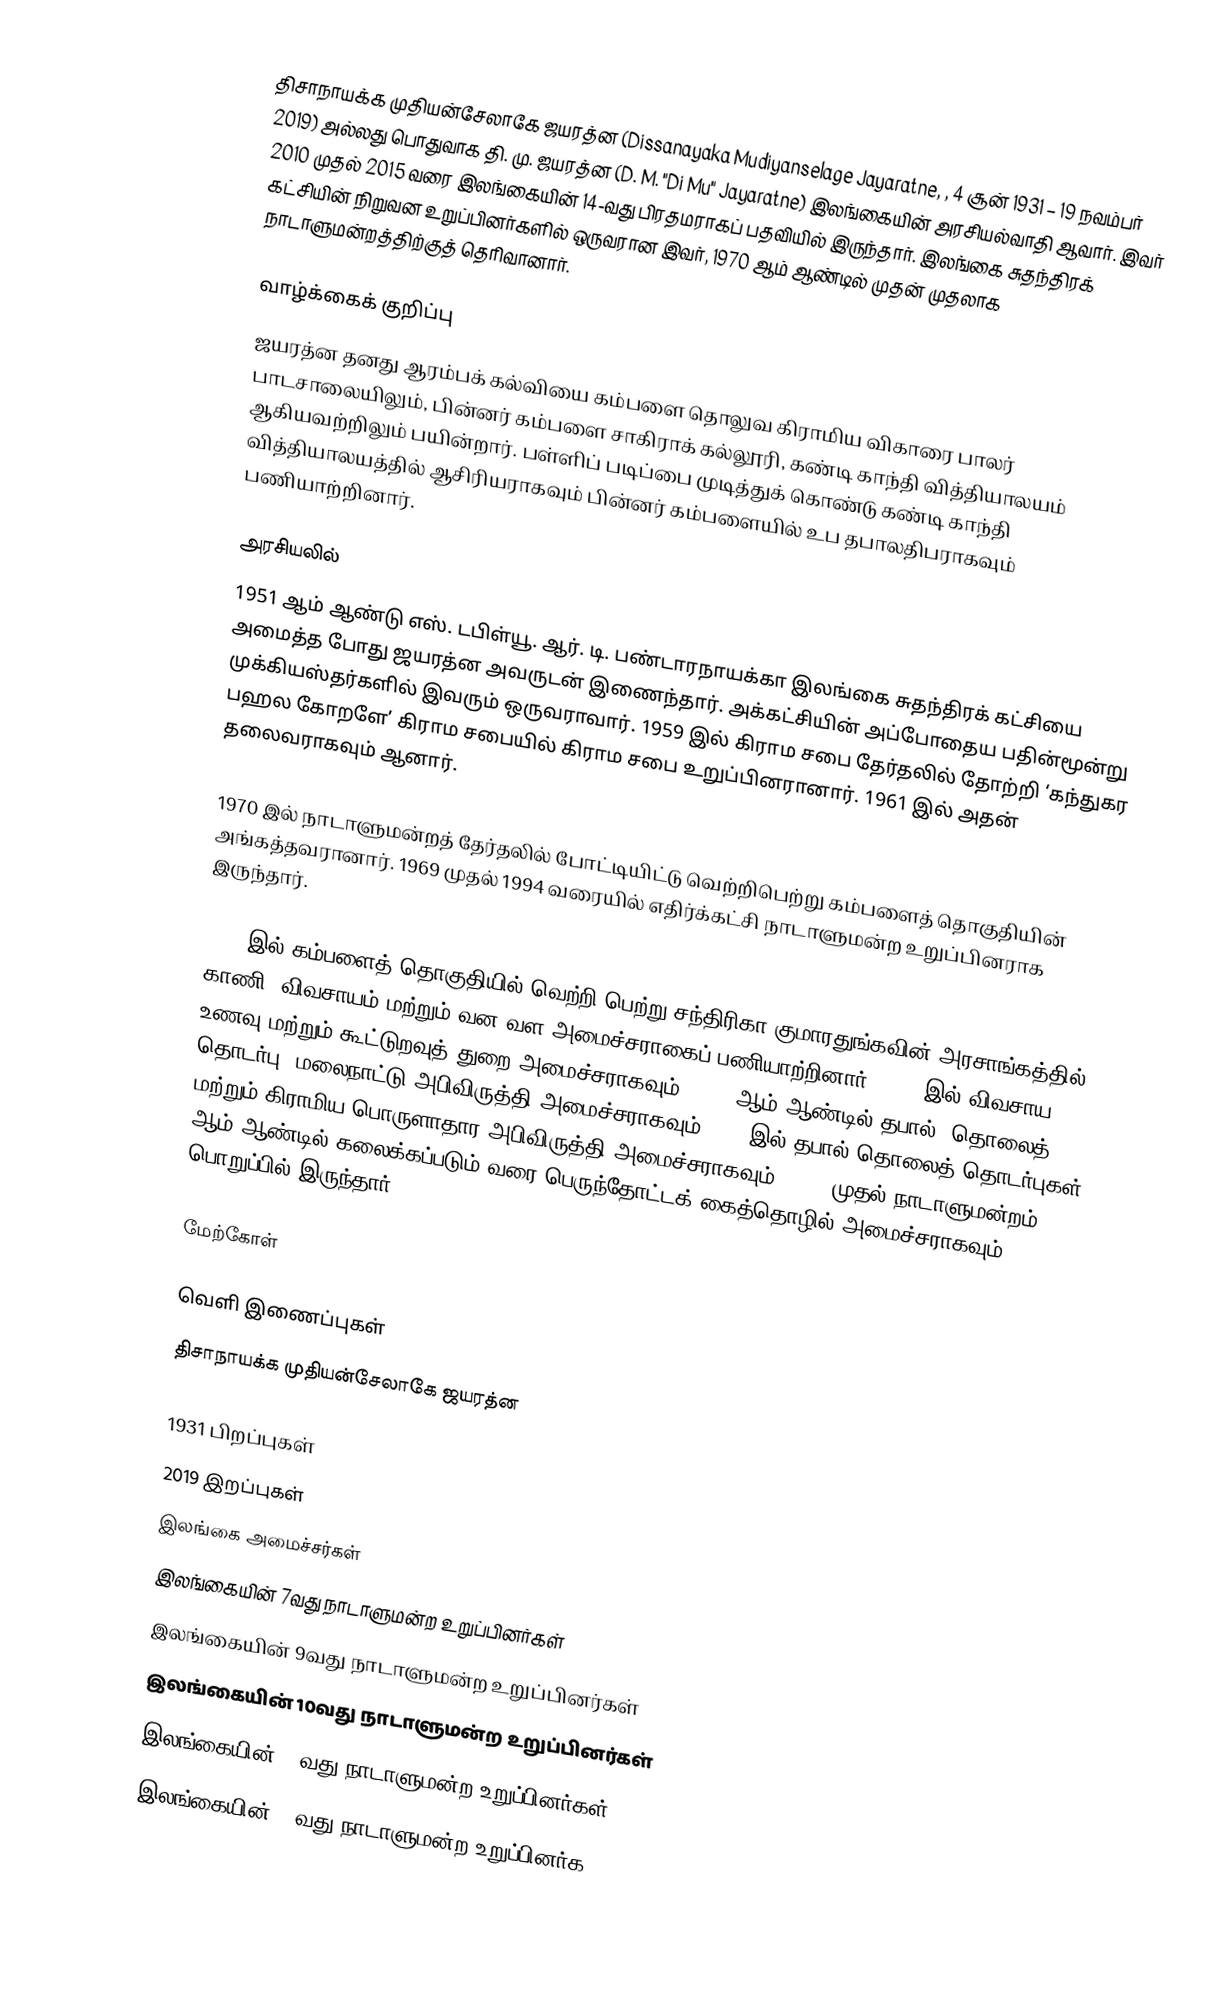
திசாநாயக்க முதியன்சேலாகே ஜயரத்ன (Dissanayaka Mudiyanselage Jayaratne, , 4 சூன் 1931 – 19 நவம்பர் 2019) அல்லது பொதுவாக தி. மு. ஜயரத்ன (D. M. "Di Mu" Jayaratne) இலங்கையின் அரசியல்வாதி ஆவார். இவர் 2010 முதல் 2015 வரை இலங்கையின் 14-வது பிரதமராகப் பதவியில் இருந்தார். இலங்கை சுதந்திரக் கட்சியின் நிறுவன உறுப்பினர்களில் ஒருவரான இவர், 1970 ஆம் ஆண்டில் முதன் முதலாக நாடாளுமன்றத்திற்குத் தெரிவானார்.

வாழ்க்கைக் குறிப்பு
ஜயரத்ன தனது ஆரம்பக் கல்வியை கம்பளை தொலுவ கிராமிய விகாரை பாலர் பாடசாலையிலும், பின்னர் கம்பளை சாகிராக் கல்லூரி, கண்டி காந்தி வித்தியாலயம் ஆகியவற்றிலும் பயின்றார். பள்ளிப் படிப்பை முடித்துக் கொண்டு கண்டி காந்தி வித்தியாலயத்தில் ஆசிரியராகவும் பின்னர் கம்பளையில் உப தபாலதிபராகவும் பணியாற்றினார்.

அரசியலில்
1951 ஆம் ஆண்டு எஸ். டபிள்யூ. ஆர். டி. பண்டாரநாயக்கா இலங்கை சுதந்திரக் கட்சியை அமைத்த போது ஜயரத்ன அவருடன் இணைந்தார். அக்கட்சியின் அப்போதைய பதின்மூன்று முக்கியஸ்தர்களில் இவரும் ஒருவராவார். 1959 இல் கிராம சபை தேர்தலில் தோற்றி ‘கந்துகர பஹல கோறளே’ கிராம சபையில் கிராம சபை உறுப்பினரானார். 1961 இல் அதன் தலைவராகவும் ஆனார்.

1970 இல் நாடாளுமன்றத் தேர்தலில் போட்டியிட்டு வெற்றிபெற்று கம்பளைத் தொகுதியின் அங்கத்தவரானார். 1969 முதல் 1994 வரையில் எதிர்க்கட்சி நாடாளுமன்ற உறுப்பினராக இருந்தார்.

1994 இல் கம்பளைத் தொகுதியில் வெற்றி பெற்று சந்திரிகா குமாரதுங்கவின் அரசாங்கத்தில் காணி, விவசாயம் மற்றும் வன வள அமைச்சராகைப் பணியாற்றினார். 2000 இல் விவசாய, உணவு மற்றும் கூட்டுறவுத் துறை அமைச்சராகவும், 2004 ஆம் ஆண்டில் தபால், தொலைத் தொடர்பு, மலைநாட்டு அபிவிருத்தி அமைச்சராகவும் 2005 இல் தபால் தொலைத் தொடர்புகள் மற்றும் கிராமிய பொருளாதார அபிவிருத்தி அமைச்சராகவும், 2007 முதல் நாடாளுமன்றம் 2009 ஆம் ஆண்டில் கலைக்கப்படும் வரை பெருந்தோட்டக் கைத்தொழில் அமைச்சராகவும் பொறுப்பில் இருந்தார்.

மேற்கோள்

வெளி இணைப்புகள்
 திசாநாயக்க முதியன்சேலாகே ஜயரத்ன

1931 பிறப்புகள்
2019 இறப்புகள்
இலங்கை அமைச்சர்கள்
இலங்கையின் 7வது நாடாளுமன்ற உறுப்பினர்கள்
இலங்கையின் 9வது நாடாளுமன்ற உறுப்பினர்கள்
இலங்கையின் 10வது நாடாளுமன்ற உறுப்பினர்கள்
இலங்கையின் 11வது நாடாளுமன்ற உறுப்பினர்கள்
இலங்கையின் 12வது நாடாளுமன்ற உறுப்பினர்க